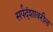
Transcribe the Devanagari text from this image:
सर्पदंशावरील